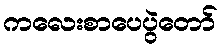
ကလေးစာပေပွဲတော်